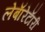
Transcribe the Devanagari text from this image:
लेबाॅरेटाॅरी